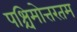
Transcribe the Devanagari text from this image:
पश्चिमोत्तरतम